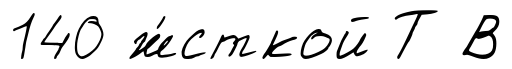
140 ж́сткой Т В